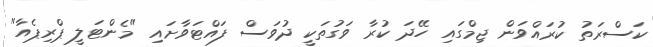
ކަސްރަތު ކުރައްވަން ޖިމްގައި ހޭދަ ކުރާ ވަގުތަކީ ދުވަސް ފައްޓަވާށައި "މެންޓަލީ ޕްރިޕެއާ"